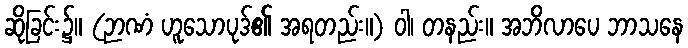
ဆိုခြင်း၌။ (ဉာဏံ ဟူသောပုဒ်၏ အရတည်း။) ဝါ၊ တနည်း။ အဘိလာပေ ဘာသနေ